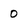
Character: 0